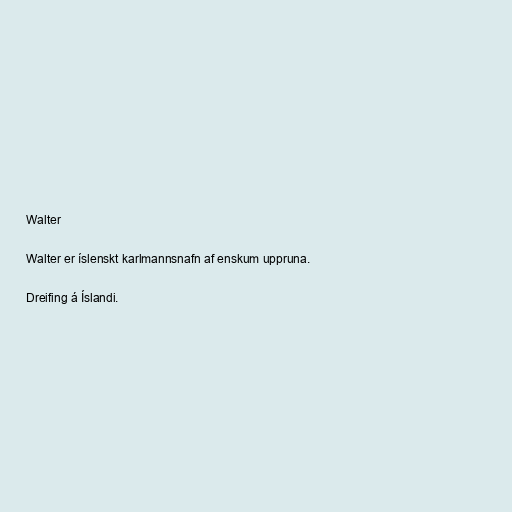
Walter

Walter er íslenskt karlmannsnafn af enskum uppruna.

Dreifing á Íslandi.